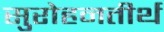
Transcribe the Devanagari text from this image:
सुरोहनतीर्थ